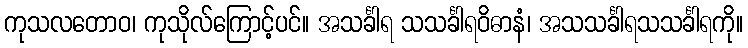
ကုသလတောဝ၊ ကုသိုလ်ကြောင့်ပင်။ အသင်္ခါရ သသင်္ခါရဝိဓာနံ၊ အသသင်္ခါရသသင်္ခါရကို။